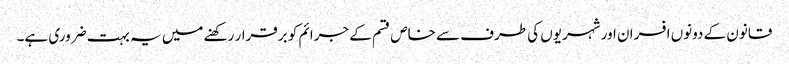
قانون کے دونوں افسران اور شہریوں کی طرف سے خاص قسم کے جرائم کو برقرار رکھنے میں یہ بہت ضروری ہے۔